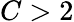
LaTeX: C>2